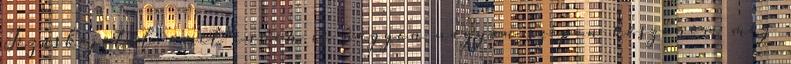
Jézuskájától, amit innen is nagyon nagyon szépen köszönöm még